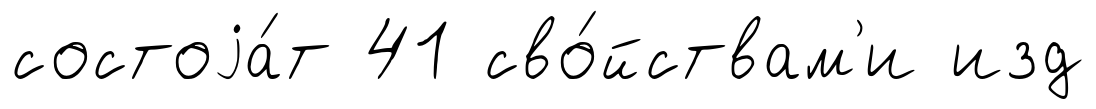
состоjа́т 41 сво́йствам'и изд